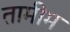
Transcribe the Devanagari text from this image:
तामीम